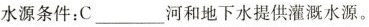
水源条件：C___ 河和地下水提供灌溉水源。